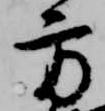
方